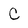
Character: c